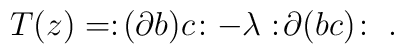
T(z) = :\! (\partial b) c  \! : - \lambda :\!  \partial( bc ) \! :\ .